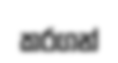
කරගන්